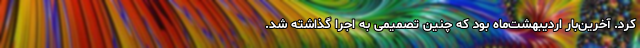
کرد. آخرین‌بار اردیبهشت‌ماه بود که چنین تصمیمی به اجرا گذاشته شد.